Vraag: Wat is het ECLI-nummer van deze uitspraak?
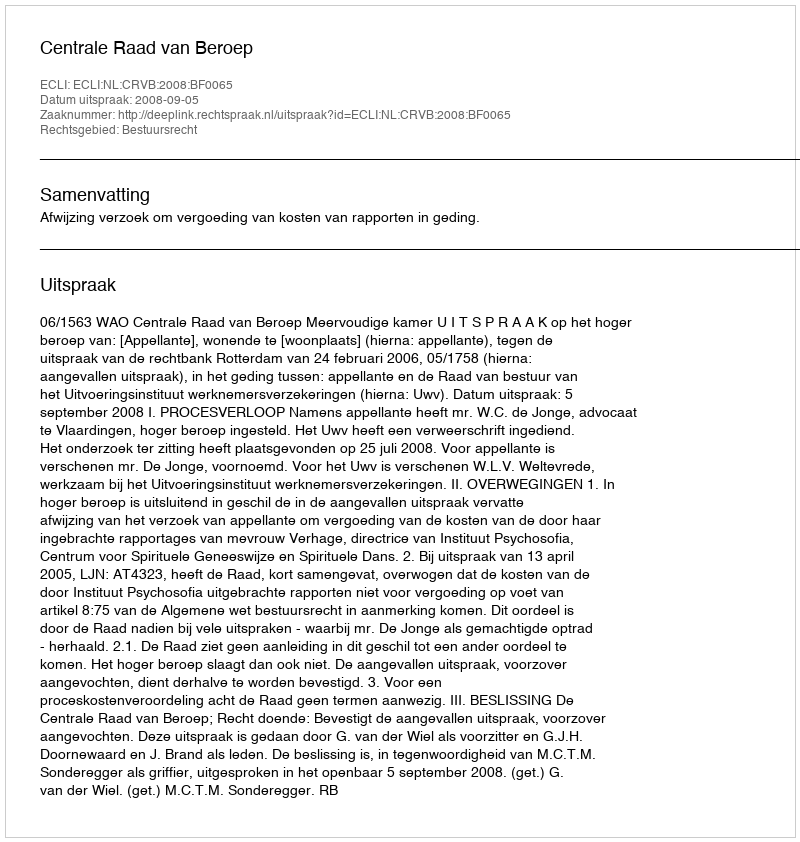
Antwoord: ECLI:NL:CRVB:2008:BF0065